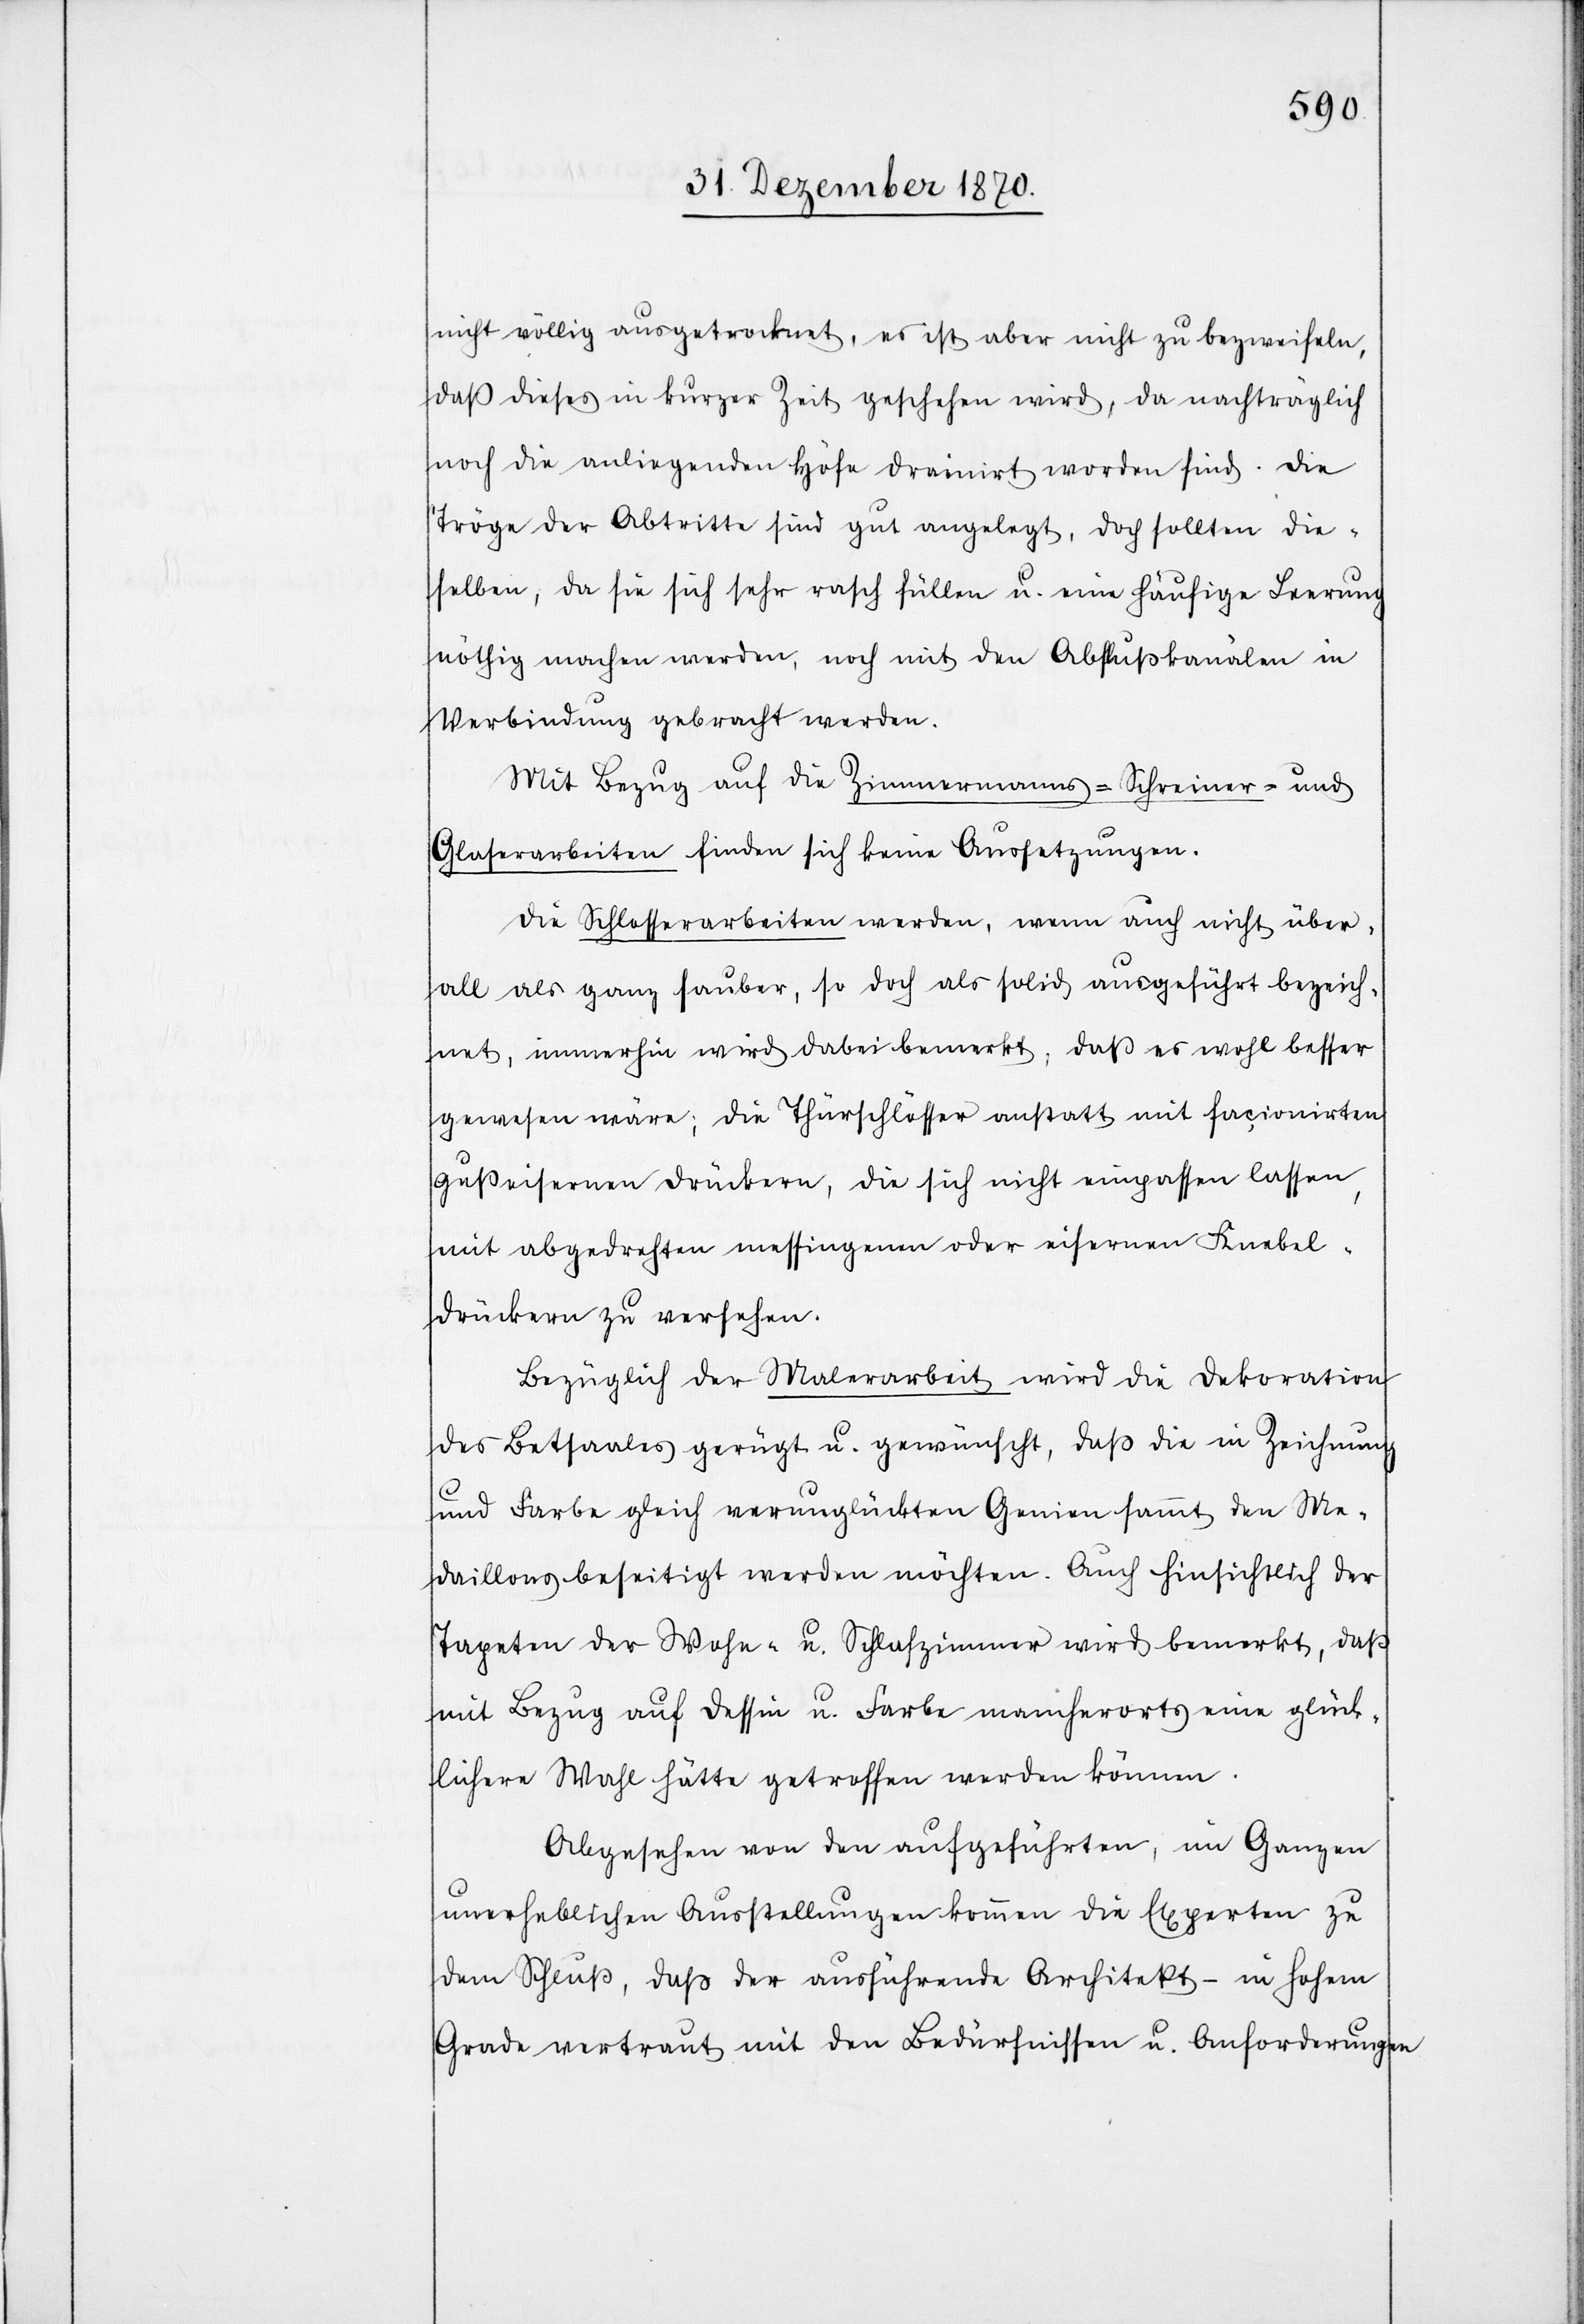
nicht völlig ausgetrocknet, es ist aber nicht zu bezweifeln,
daß dieses in kurzer Zeit geschehen wird, da nachträglich
noch die anliegenden Höfe drainirt worden sind. Die
Tröge der Abtritte sind gut angelegt, doch sollten die¬
selben, da sie sich sehr rasch füllen u. eine häufige Leerung
nöthig machen werden, noch mit den Abflußkanälen in
Verbindung gebracht werden.
Mit Bezug auf die Zimmermanns-[,] Schreiner-[,] und
Glaserarbeiten finden sich keine Aussetzungen.
Die Schlosserarbeiten werden, wenn auch nicht über¬
all als ganz sauber, so doch als solid ausgeführt bezeich¬
net, immerhin wird dabei bemerkt, daß es wohl besser
gewesen wäre; die Thürschlösser anstatt mit façionirten
gusseisernen Drückern, die sich nicht einpassen lassen,
mit abgedrehten messingenen oder eisernen Knebel¬
drückern zu versehen.
Bezüglich der Malerarbeit wird die Dekoration
des Betsaales gerügt u. gewünscht, daß die in Zeichnung
und Farbe gleich verunglückten Genien sammt den Me¬
daillons beseitigt werden möchten. Auch hinsichtlich der
Tapeten der Wohn- u. Schlafzimmer wird bemerkt, daß
mit Bezug auf Dessin u. Farbe mancherorts eine glück¬
lichere Wahl hätte getroffen werden können.
Abgesehen von den aufgeführten, im Ganzen
unerheblichen Ausstellungen kommen die Experten zu
dem Schluß, daß der ausführende Architekt – in hohem
Grade vertraut mit den Bedürfnissen u. Anforderungen